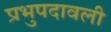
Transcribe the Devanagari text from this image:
प्रभुपदावली